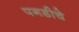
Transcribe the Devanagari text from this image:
पगडीचे